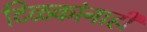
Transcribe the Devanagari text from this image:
टिळकांनाही